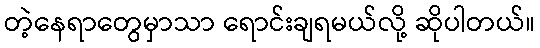
တဲ့နေရာတွေမှာသာ ရောင်းချရမယ်လို့ ဆိုပါတယ်။